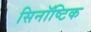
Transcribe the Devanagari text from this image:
सिनॉष्टिक